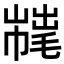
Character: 𢅇